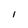
Character: I